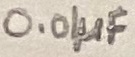
Text: 0.01µF